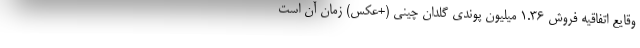
وقایع اتفاقیه فروش 1.36 میلیون پوندی گلدان چینی (+عکس) زمان آن است